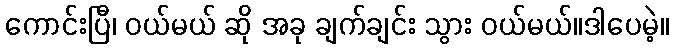
ကောင်းပြီ၊ ဝယ်မယ် ဆို အခု ချက်ချင်း သွား ဝယ်မယ်။ဒါပေမဲ့။